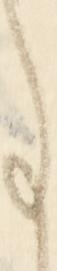
事